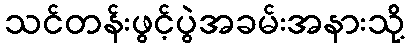
သင်တန်းဖွင့်ပွဲအခမ်းအနားသို့